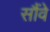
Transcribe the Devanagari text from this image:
सौंवे